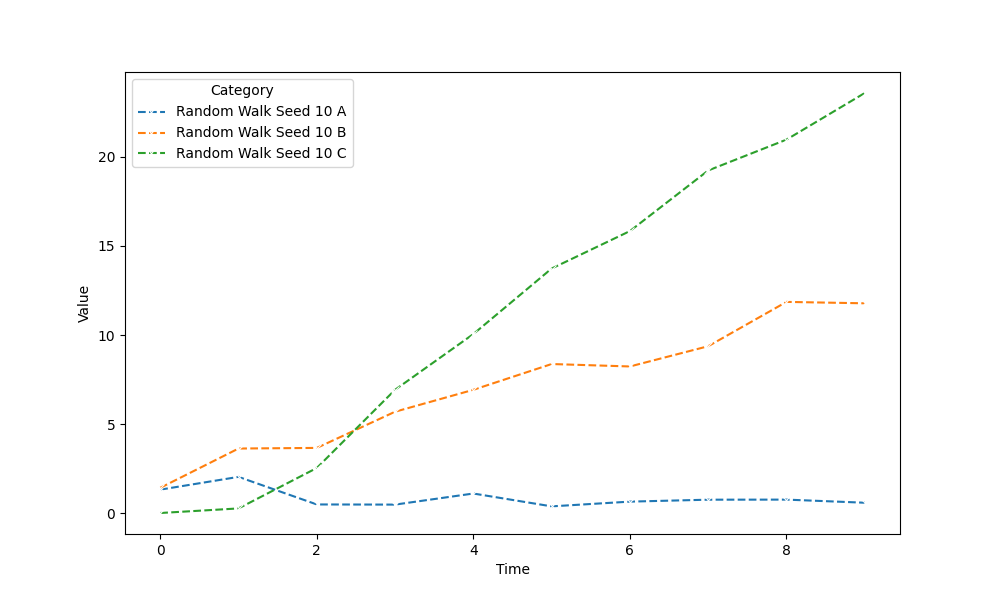
python, seaborn, lineplot, style='dashed', marker='x'